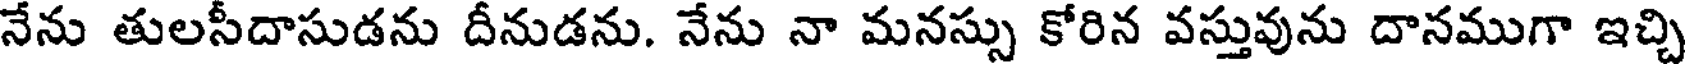
నేను తులసీదాసుడను దీనుడను. నేను నా మనస్సు కోరిన వస్తువును దానముగా ఇచ్చి